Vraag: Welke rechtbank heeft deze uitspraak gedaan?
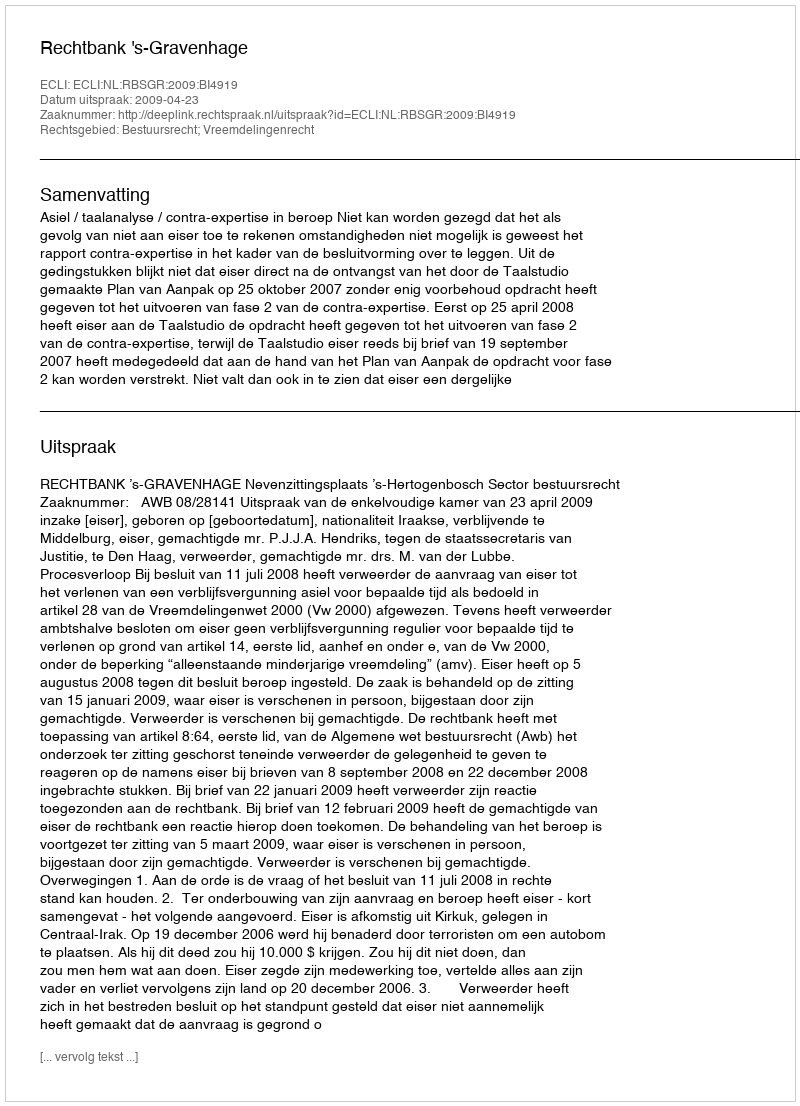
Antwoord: Rechtbank 's-Gravenhage